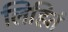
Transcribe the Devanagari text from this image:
लिहितं